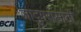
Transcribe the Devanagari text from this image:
जादुगरांसाठी